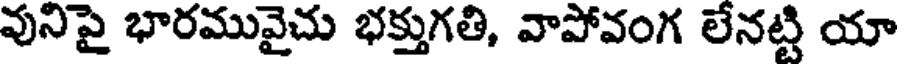
వునిపై భారమువైచు భక్తుగతి, వాపోవంగ లేనట్టి యా